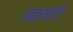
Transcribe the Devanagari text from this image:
तळ्यांची